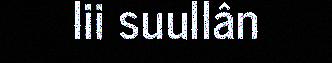
lii suullân